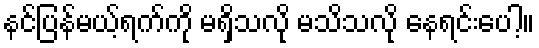
နင်ပြန်မယ့်ရက်ကို မရှိသလို မသိသလို နေရင်းပေါ့။